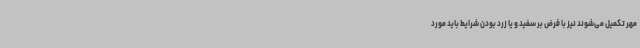
مهر تکمیل می‌شوند نیز با فرض بر سفید و یا زرد بودن شرایط باید مورد